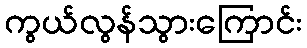
ကွယ်လွန်သွားကြောင်း